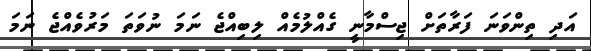
އަދި ތިންވަނަ ފަރާތަށް ޖިސްމާނީ ގެއްލުމެއް ލިބިއްޖެ ނަމަ ނުވަތަ މަރުވެއްޖެ ނަމަ